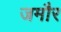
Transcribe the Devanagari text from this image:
जमौर